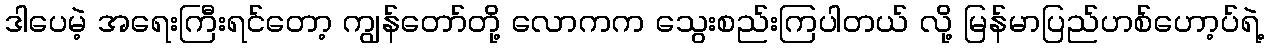
ဒါပေမဲ့ အရေးကြီးရင်တော့ ကျွန်တော်တို့ လောကက သွေးစည်းကြပါတယ် လို့ မြန်မာပြည်ဟစ်ဟော့ပ်ရဲ့